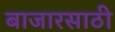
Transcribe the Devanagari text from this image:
बाजारसाठी